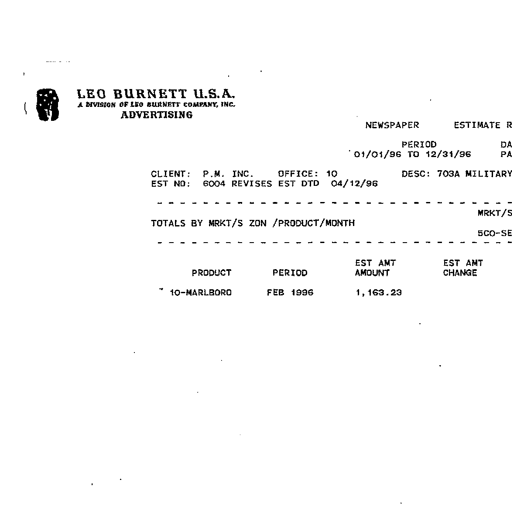
LEO BURNETT U.S.A.
A DIVISION OF LEO BURNETT COMPANY, INC.
ADVERTISING
NEWSPAPER ESTIMATE R
PERIOD DA
01/01/96 TO 12/31/96 PA
CLIENT: P.M. INC. OFFICE: 10 DESC: 703A MILITARY
EST NO: 6004 REVISES EST DTD 04/12/96
MRKT/S
TOTALS BY MRKT/S ZON /PRODUCT/MONTH
5CO-SE
EST AMT EST AMT
PRODUCT PERIOD AMOUNT CHANGE
10-MARLBORO FEB 1996 1,163.23